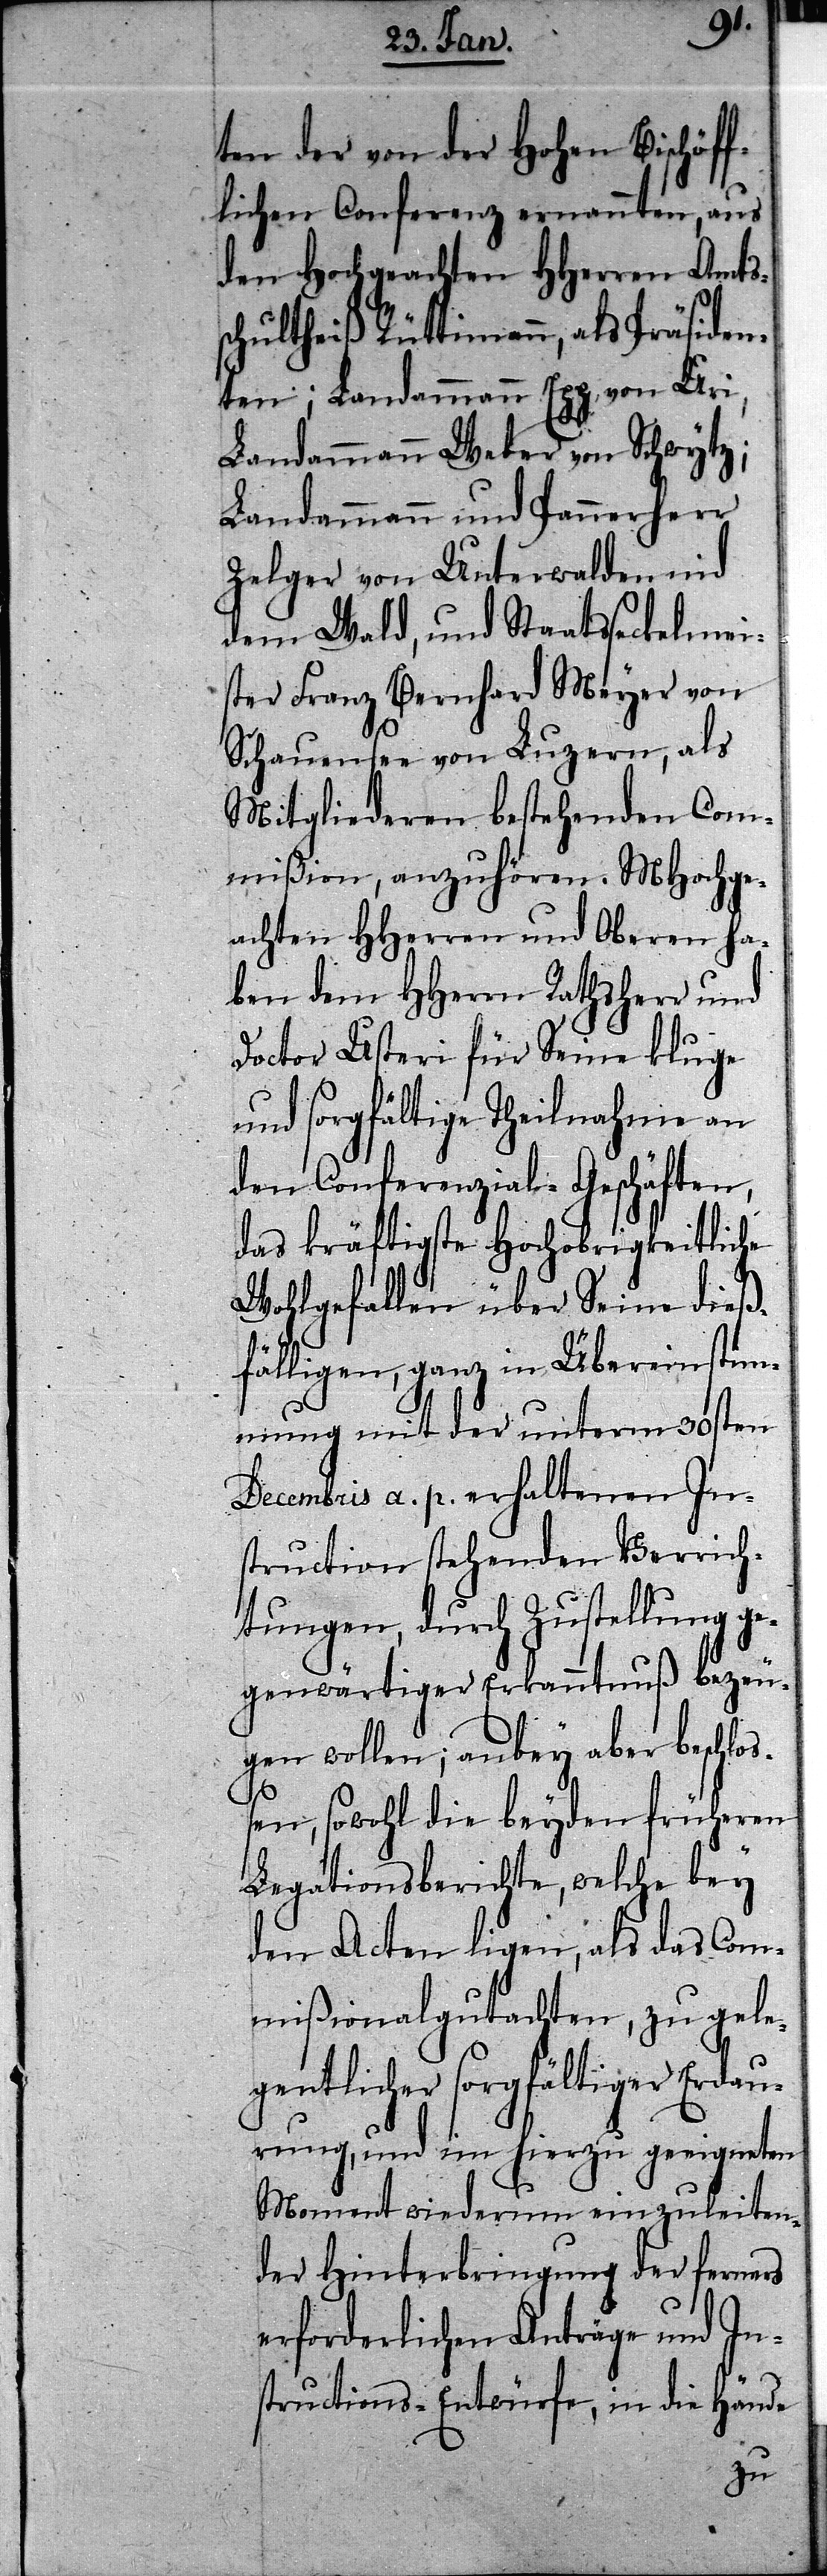
ten der von der Hohen Bischöff¬
lichen Conferenz ernannten, aus
den Hochgeachten HHerren Amtss¬
chultheiß Rüttimann, als Präsiden¬
ten; Landammann Egg von Uri,
Landammann Weber von Schwytz;
Landammann und Pannerherr
Zelger von Unterwalden nid
dem Wald, und Staatsseckelmei¬
ster Franz Bernhard Meyer von
Schauensee von Luzern, als
Mitgliederen bestehenden Com¬
mißion, anzuhören. MHochge¬
achten HHerren und Oberen ha¬
ben dem HHerrn Rathsherr und
Doctor Usteri für Seine kluge
und sorgfältige Theilnahme an
den Conferenzial-Geschäften,
das kräftigste Hochobrigkeitliche
Wohlgefallen über Seine dieß¬
fälligen, ganz in Übereinstim¬
mung mit der unterm 30sten
Decembris a. p. erhaltenen In¬
struction stehenden Verrich¬
tungen, durch Zustellung ge¬
genwärtiger Erkanntnuß bezeu¬
gen wollen; anbey aber beschloß¬
en, sowohl die beyden früheren
Legationsberichte, welche bey
den Acten ligen, als das Com¬
mißionalgutachten, zu gele¬
gentlicher sorgfältiger Erdau¬
rung, und im hierzu geeigneten
Moment wiederum einzuleiten¬
der Hinterbringung der ferners
erforderlichen Anträge und In¬
structions-Entwürfe, in die Hände